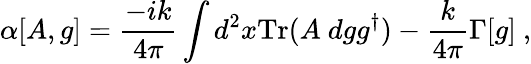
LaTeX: \alpha[A,g]=\frac{-ik}{4\pi}\int d^{2}x\mathrm{Tr}(A~dgg^{\dagger})-\frac{k}{4\pi}\Gamma[g]\ ,